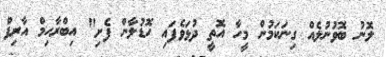
ލޮނު ބޮވުނުލެއް ގިނަކަމުން މީހާ އޮތީ ދުޅަވެފައި ހޮޑުލާން ފެށި" އިބްރާހިމް އާރިފް